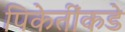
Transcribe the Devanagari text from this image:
पिकेतींकडे